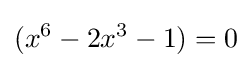
(x^{6}-2x^{3}-1)=0